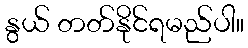
နွယ် တတ်နိုင်ရမည်ပါ။